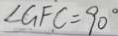
\angle G F C = 9 0 ^ { \circ }